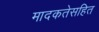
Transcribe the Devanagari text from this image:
मादकतेसहित